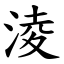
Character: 淩